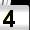
Digit: 4